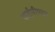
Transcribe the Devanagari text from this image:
वाईपीएसए